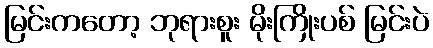
မြင်းကတော့ ဘုရားစူး မိုးကြိုးပစ် မြင်းပဲ